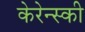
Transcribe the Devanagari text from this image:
केरेन्स्की